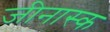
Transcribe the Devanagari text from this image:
जीनास्‍क